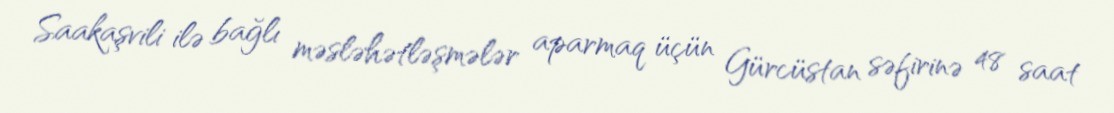
Saakaşvili ilə bağlı məsləhətləşmələr aparmaq üçün Gürcüstan səfirinə 48 saat